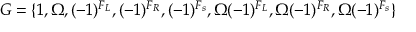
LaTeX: { \cal G } = \{ 1 , \Omega , ( - 1 ) ^ { F _ { L } } , ( - 1 ) ^ { F _ { R } } , ( - 1 ) ^ { F _ { s } } , \Omega ( - 1 ) ^ { F _ { L } } , \Omega ( - 1 ) ^ { F _ { R } } , \Omega ( - 1 ) ^ { F _ { s } } \}